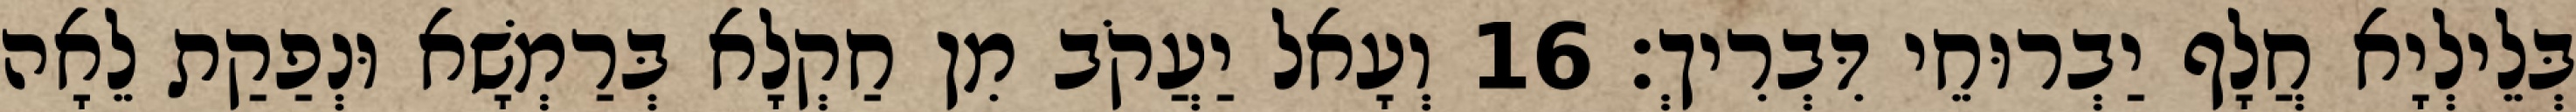
בְּלֵילְיָא חֲלָף יַבְרוּחֵי דִּבְרִיךְ׃ 16 וְעָאל יַעֲקֹב מִן חַקְלָא בְּרַמְשָׁא וּנְפַקַת לֵאָה